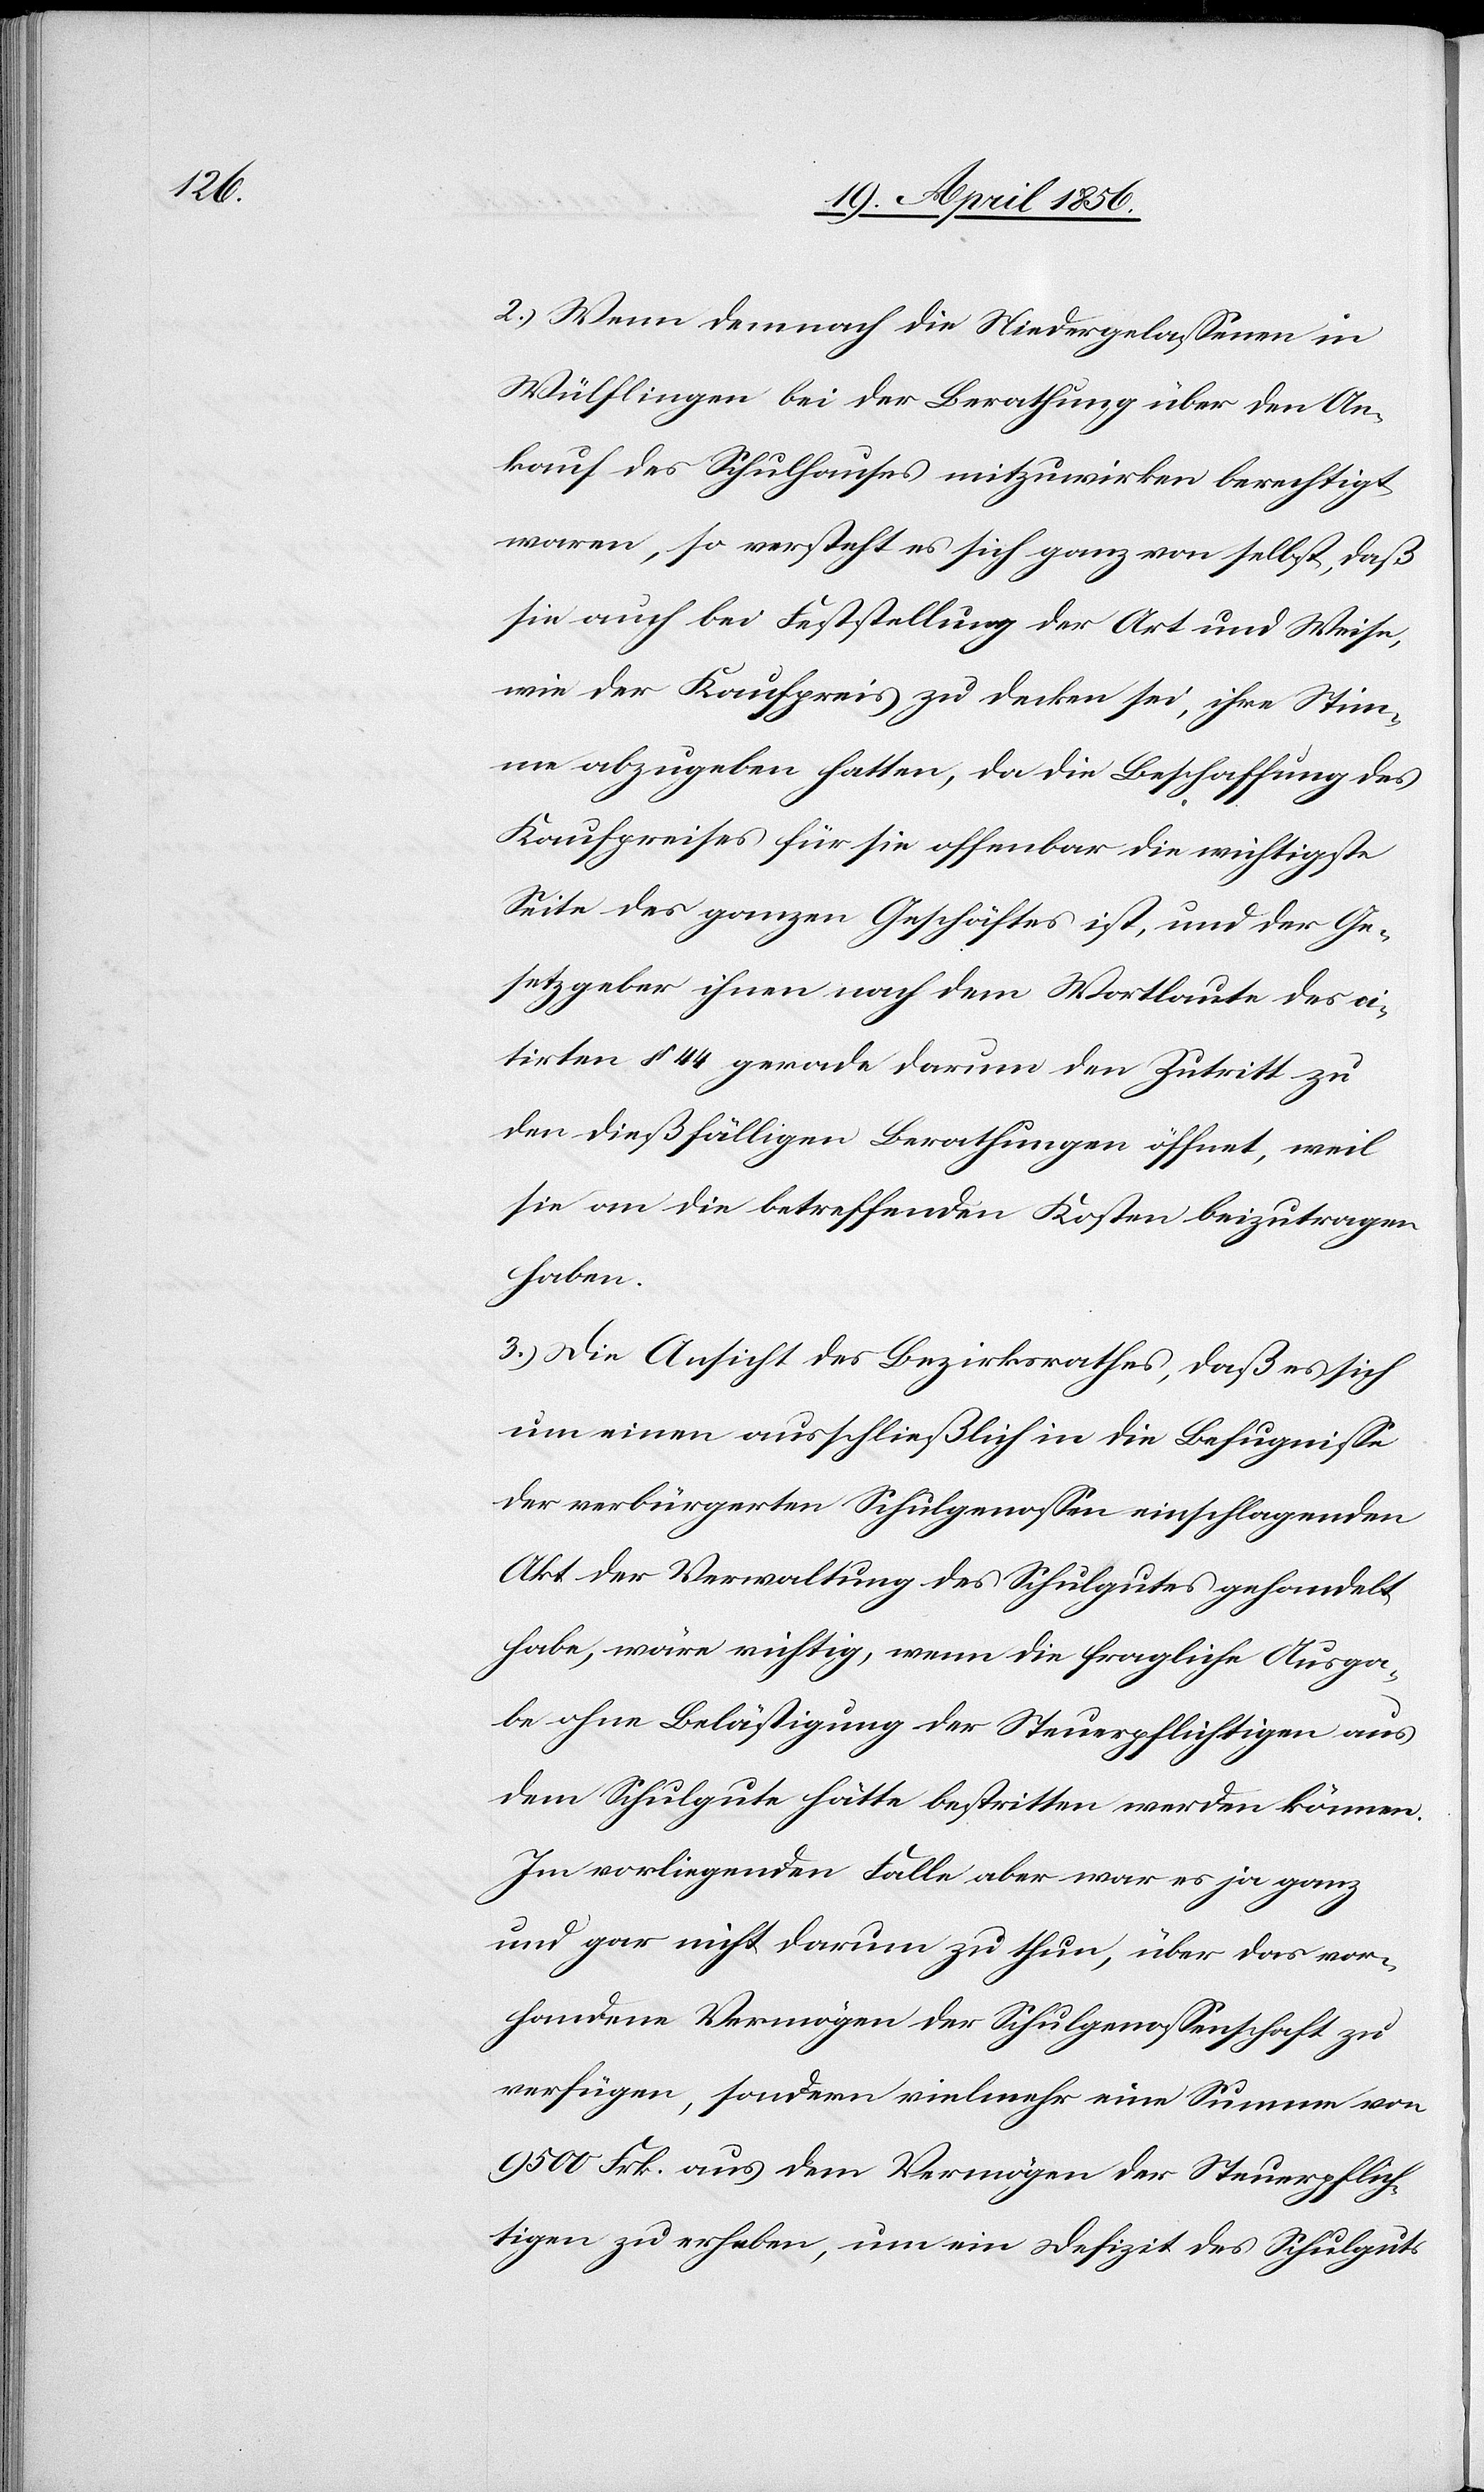
2.) Wenn demnach die Niedergelassenen in
Wülflingen bei der Berathung über den An¬
kauf des Schulhauses mitzuwirken berechtigt
waren, so versteht es sich ganz von selbst, daß
sie auch bei Feststellung der Art und Weise,
wie der Kaufpreis zu decken sei, ihre Stim¬
me abzugeben hatten, da die Beschaffung des
Kaufpreises für sie offenbar die wichtigste
Seite des ganzen Geschäftes ist, und der Ge¬
setzgeber ihnen nach dem Wortlaute des ci¬
tirten § 44 gerade darum den Zutritt zu
den dießfälligen Berathungen öffnet, weil
sie an die betreffenden Kosten beizutragen
haben.
3.) Die Ansicht des Bezirksrathes, daß es sich
um einen ausschließlich in die Befugnisse
der verbürgerten Schulgenossen einschlagenden
Akt der Verwaltung des Schulgutes gehandelt
habe, wäre richtig, wenn die fragliche Ausga¬
be ohne Belästigung der Steuerpflichtigen aus
dem Schulgute hätte bestritten werden können.
Im vorliegenden Falle aber war es ja ganz
und gar nicht darum zu thun, über das vor¬
handene Vermögen der Schulgenossenschaft zu
verfügen, sondern vielmehr eine Summe von
9500 Frk. aus dem Vermögen der Steuerpflich¬
tigen zu erheben, um ein Defizit des Schulguts